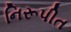
નિરૂપીત